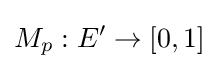
M_{p}:E'\to [0,1]